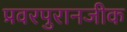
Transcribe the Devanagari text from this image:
प्रवरपुरानजीक